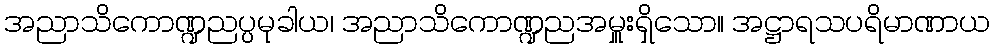
အညာသိကောဏ္ဍညပ္ပမုခါယ၊ အညာသိကောဏ္ဍညအမှူးရှိသော။ အဋ္ဌာရသပရိမာဏာယ